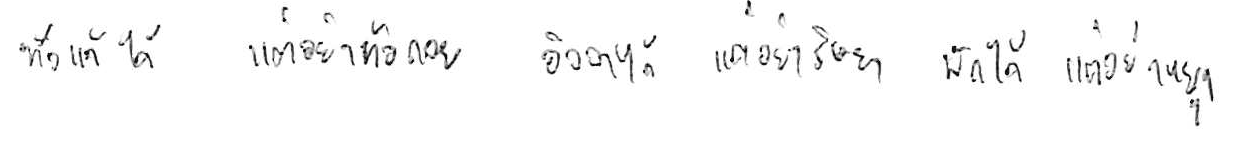
ท้อแท้ได้ แต่อย่าท้อถอย อิจฉาได้ แต่อย่าริษยา พักได้ แต่อย่าหยุด